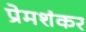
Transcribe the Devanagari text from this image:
प्रेमशंकर